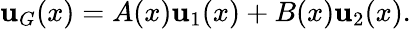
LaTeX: \mathbf{u}_{G}(x)=A(x)\mathbf{u}_{1}(x)+B(x)\mathbf{u}_{2}(x).